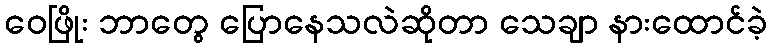
ဝေဖြိုး ဘာတွေ ပြောနေသလဲဆိုတာ သေချာ နားထောင်ခဲ့